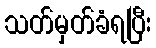
သတ်မှတ်ခံရပြီး